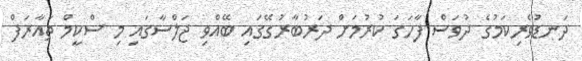
ދަނޑުވެރިކަމުގެ ދުވަސް ފާހަގަ ކުރުމަށް ދަރުބާރުގޭގައި ބޭއްވި ޖަލްސާގައި މި ސްކީމް ތައާރަފް